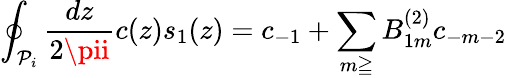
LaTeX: \oint_{\mathcal{P}_{i}}\frac{{dz}}{{2\pii}}c(z)s_{1}(z)=c_{-1}+\sum_{m\geqq}B_{1m}^{(2)}c_{-m-2}